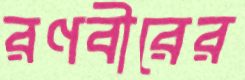
রণবীরের